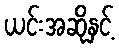
ယင်းအဆိုနှင့်